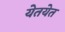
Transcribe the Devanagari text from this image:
येतयेत